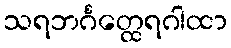
သရဘင်္ဂတ္ထေရဂါထာ